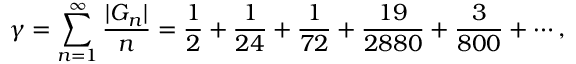
\gamma = \sum _ { n = 1 } ^ { \infty } { \frac { | G _ { n } | } { n } } = { \frac { 1 } { 2 } } + { \frac { 1 } { 2 4 } } + { \frac { 1 } { 7 2 } } + { \frac { 1 9 } { 2 8 8 0 } } + { \frac { 3 } { 8 0 0 } } + \cdots ,